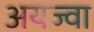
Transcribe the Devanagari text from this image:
अयज्वा